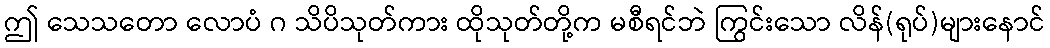
ဤ သေသတော လောပံ ဂ သိပိသုတ်ကား ထိုသုတ်တို့က မစီရင်ဘဲ ကြွင်းသော လိန်(ရုပ်)များနောင်